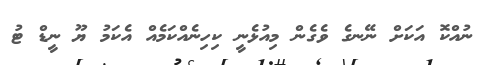
ނުއްކޮ އަކަށް ނޭނގެ ވެގެން މިއުޅެނީ ކިހިނެއްކަމެއް އެކަމު ޔޫ ނީޑް ޓު